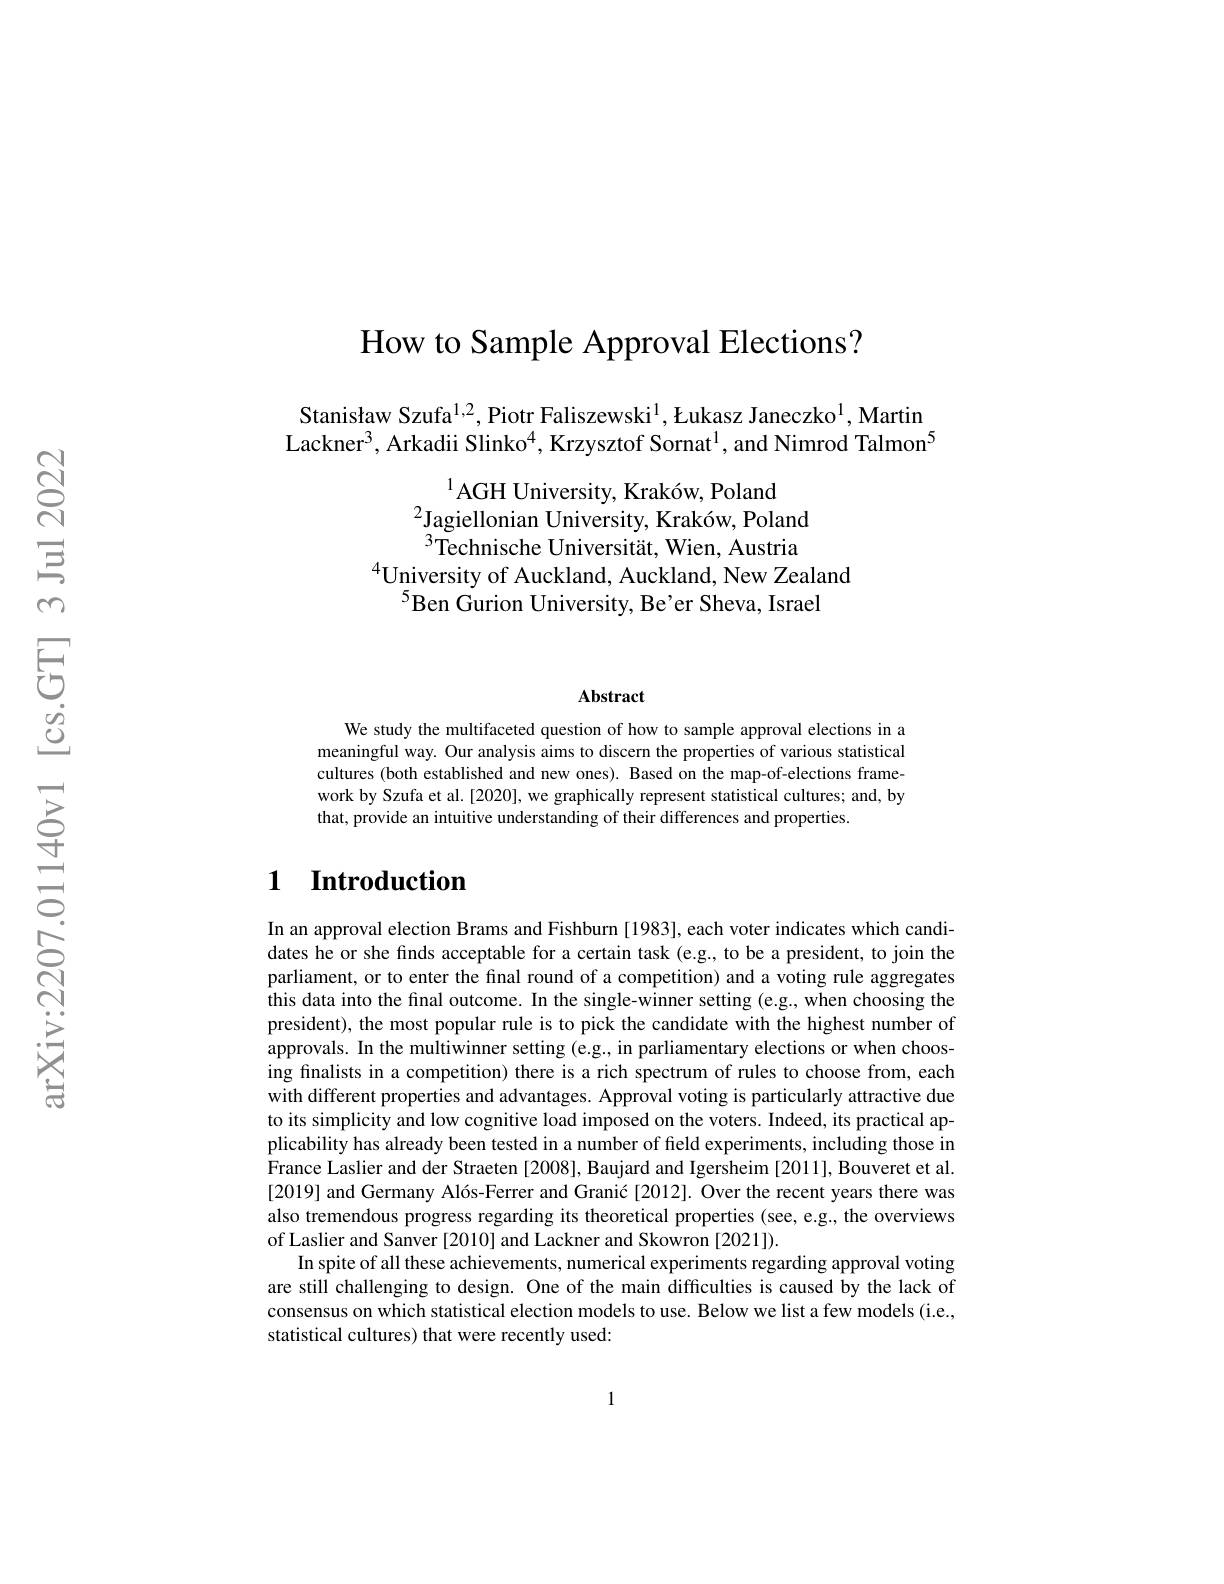
How to Sample Approval Elections?

Stanisław Szufa$^{1,2}$,Piotr Faliszewski$^1$,Łukasz Janeczko$^1$,Martir Lackner$^{3}$, Arkadii Slinko$^{4}$, Krzysztof Sornat$^{1}$, and Nimrod Talmon$^{5}$

$^{1}$AGH University, Kraków, Poland
$^{2}$Jagiellonian University, Kraków, Poland $^{3}$Technische Universität, Wien, Austria
$^{4}$University of Auckland, Auckland, New Zealand
$^{5}$Ben Gurion University, Be'er Sheva, Israel

## Abstract

We study the multifaceted question of how to sample approval elections in a meaningful way. Our analysis aims to discern the properties of various statistical cultures (both established and new ones). Based on the map-of-elections framework by Szufa et al. [2020], we graphically represent statistical cultures; and, by that, provide an intuitive understanding of their differences and properties.

## $\textbf{1}$ $\textbf{Introduction}$

In an approval election Brams and Fishburn [1983], each voter indicates which candidates he or she finds acceptable for a certain task (e.g., to be a president, to join the parliament, or to enter the final round of a competition) and a voting rule aggregates this data into the final outcome. In the single-winner setting (e.g., when choosing the president), the most popular rule is to pick the candidate with the highest number of approvals. In the multiwinner setting (e.g., in parliamentary elections or when choosing fınalists in a competition) there is a rich spectrum of rules to choose from, each with different properties and advantages. Approval voting is particularly attractive due to its simplicity and low cognitive load imposed on the voters. Indeed, its practical applicability has already been tested in a number of field experiments, including those in France Laslier and der Straeten [2008], Baujard and Igersheim [2011], Bouveret et al [2019] and Germany Alós-Ferrer and Granić [2012]. Over the recent years there was also tremendous progress regarding its theoretical properties (see, e.g., the overviews of Laslier and Sanver [2010] and Lackner and Skowron [2021]).
In spite of all these achievements, numerical experiments regarding approval voting are still challenging to design. One of the main difficulties is caused by the lack of consensus on which statistical election models to use. Below we list a few models(i.e., statistical cultures) that were recently used:

1